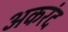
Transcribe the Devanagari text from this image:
अकरंद